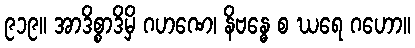
၉၁၉။ အာဒိစ္စာဒိမှိ ဂဟဏေ၊ နိဗန္ဓေ စ ဃရေ ဂဟော။